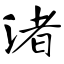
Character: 渚